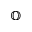
\mathbb { O }